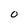
Character: O